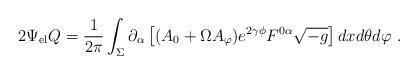
LaTeX: \begin{align*}2 \Psi_{\rm el} Q =\frac{1}{2\pi} \int_\Sigma \partial_\alpha \left[ ( A_0 + \Omega A_\varphi ) e^{2 \gamma \phi} F^{0\alpha} \sqrt{-g} \right] dx d\theta d\varphi\ . \end{align*}